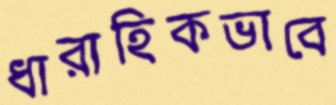
ধারাহিকভাবে